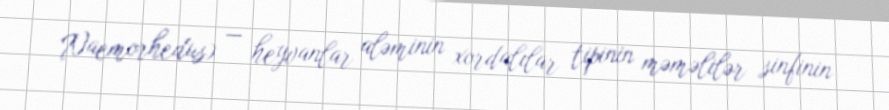
Naemorhedus) — heyvanlar aləminin xordalılar tipinin məməlilər sinfinin